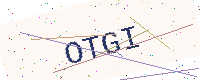
Text: OTGI